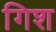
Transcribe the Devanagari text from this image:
गिश